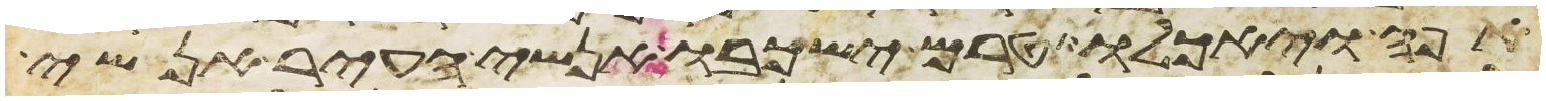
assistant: אפה ויאכלו טרם ישכבו אנשי העיר אנשי